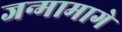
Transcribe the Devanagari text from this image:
जन्मामागे